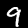
Digit: 9